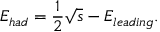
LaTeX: E _ { h a d } = \frac { 1 } { 2 } \sqrt { s } - E _ { l e a d i n g } .